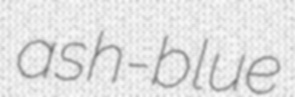
ash-blue